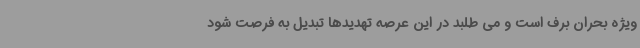
ویژه بحران برف است و می طلبد در این عرصه تهدیدها تبدیل به فرصت شود